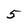
Character: 5